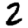
Digit: 2